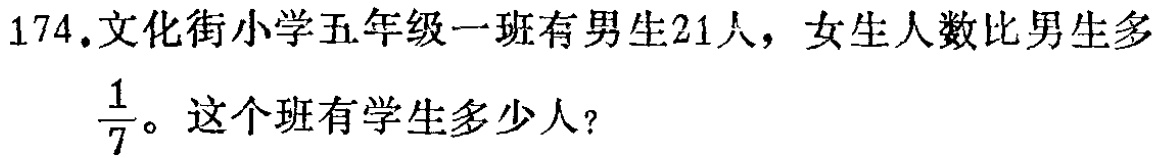
174.文化街小学五年级一班有男生21人，女生人数比男生多$\frac{1}{7}$。这个班有学生多少人?